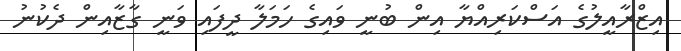
އިޒްރާއީލުގެ އަސްކަރިއްޔާ އިން ބުނީ ވައިގެ ހަމަލާ ދީފައި ވަނީ ގާޒާއިން ދެކުނު